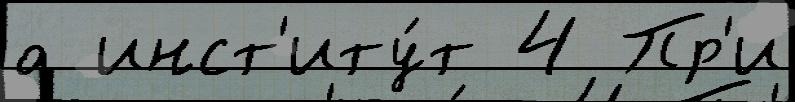
а инст'иту́т 4 Пр'и